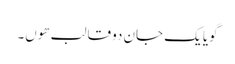
گویا یک جان دو قالب ھوں۔